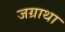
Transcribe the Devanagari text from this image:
जग्राथा